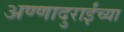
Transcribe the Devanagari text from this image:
अण्णादुराईंच्या